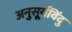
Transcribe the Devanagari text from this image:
अनुसूर्यविंदु